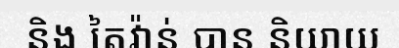
និង តៃវ៉ាន់ បាន និយាយ